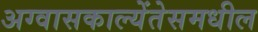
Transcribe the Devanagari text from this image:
अग्वासकाल्येंतेसमधील